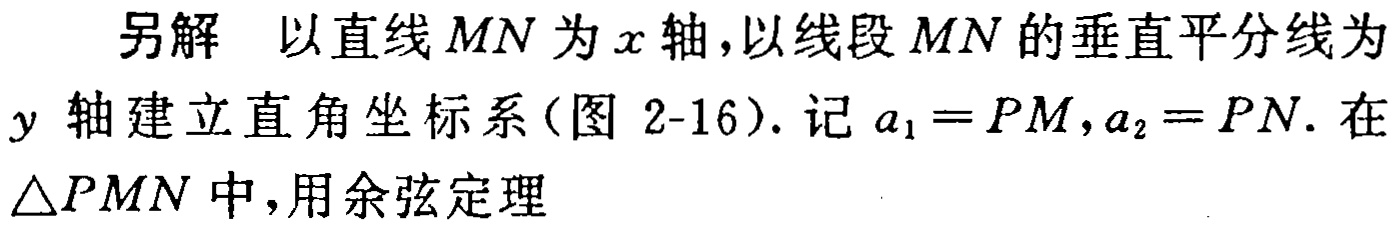
另解 以直线\(MN\)为\(x\)轴,以线段\(MN\)的垂直平分线为\(y\)轴建立直角坐标系(图 \(2 - 16\)). 记\(a_{1}=PM,a_{2}=PN\). 在\(\triangle PMN\)中,用余弦定理